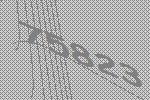
75823